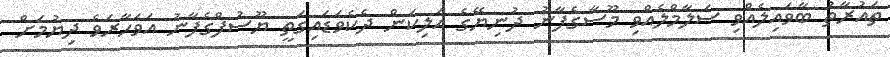
ތައުރާތު ބާވައިލެއްވި ސަލާމްލެއްވި މޫސާގެފާނު ދުނިޔޭގެ އަލިކަން ދެކެވަޑައިގަތީ ޔޫސުފްގެފާނު އަވަހާރަވެ ދިޔުމަށް